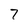
Character: 7